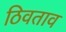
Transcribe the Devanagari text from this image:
ठिवताव